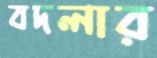
বদলার